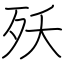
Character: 殀